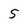
Character: 5